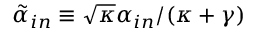
\tilde { \alpha } _ { i n } \equiv \sqrt { \kappa } \alpha _ { i n } / ( \kappa + \gamma )